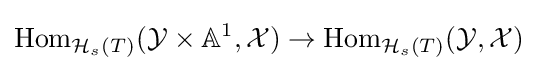
{\text{Hom}}_{{\mathcal {H}}_{s}(T)}({\mathcal {Y}}\times \mathbb {A} ^{1},{\mathcal {X}})\to {\text{Hom}}_{{\mathcal {H}}_{s}(T)}({\mathcal {Y}},{\mathcal {X}})